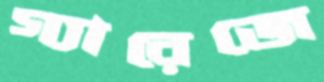
গ্যারেজে